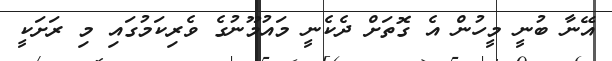
އޭނާ ބުނީ މީހުން އެ ގޮތަށް ދެކެނީ މައުމޫނުގެ ވެރިކަމުގައި މި ރަށަކީ